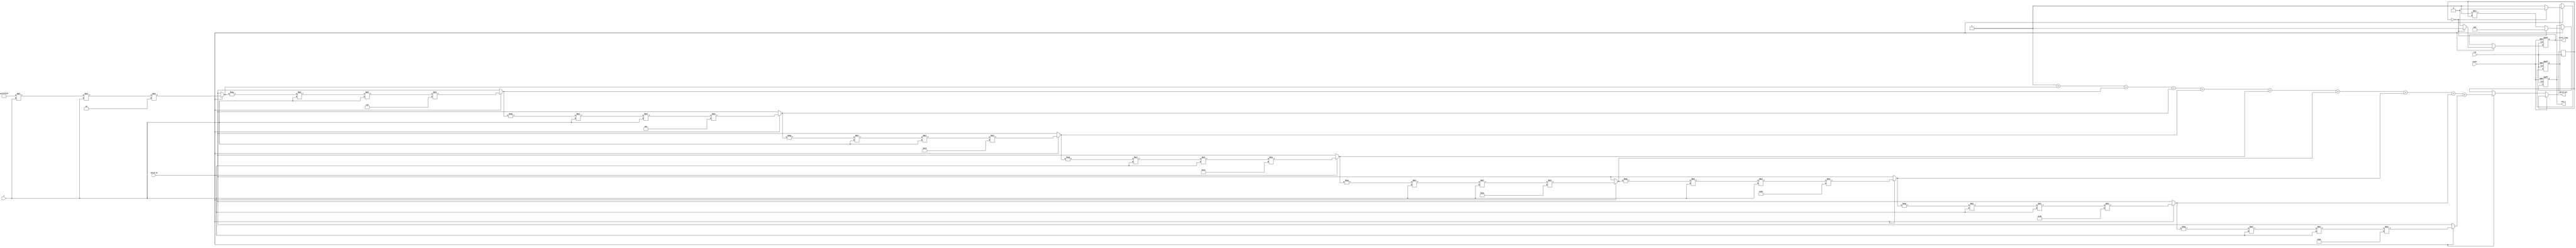
module SecantCalculator (
    input wire clk,                // Clock signal
    input wire reset,              // Reset signal
    input wire valid_in,           // Input valid signal
    input wire [31:0] x,           // Input angle in radians (floating-point)
    output reg [31:0] sec_x,       // Output secant value (floating-point)
    output reg valid_out,          // Output valid signal
    output reg error_flag          // Error flag for division by zero
);
    reg [31:0] cos_x;              // Holds the computed cosine value
    
    // Cosine computation using Taylor Series Expansion
    // Cos(x) = 1 - x^2/2! + x^4/4! - x^6/6! + ... (up to desired precision)
    function [31:0] cos_taylor;
        input [31:0] angle; // Input angle in radians
        integer i;
        reg [31:0] term;
        reg [31:0] sum;
        begin
            sum = 32'b0;
            term = 32'b1; // Start with the first term (1)
            for (i = 0; i < 10; i = i + 1) begin // 10 terms for precision
                if (i > 0) begin
                    term = -term * angle * angle / (i * (i + 1));
                end
                sum = sum + term;
            end
            cos_taylor = sum; // Return computed cosine value
        end
    endfunction
    
    // Reciprocal computation
    function [31:0] reciprocal;
        input [31:0] value;
        begin
            if (value == 32'b0) begin
                reciprocal = 32'b0; // Return zero or predefined signal for undefined output
            end else begin
                reciprocal = 32'b1 / value; // Simple division for reciprocal
            end
        end
    endfunction

    // Main process
    always @(posedge clk or posedge reset) begin
        if (reset) begin
            sec_x <= 32'b0;
            valid_out <= 1'b0;
            error_flag <= 1'b0;
        end else if (valid_in) begin
            cos_x <= cos_taylor(x); // Calculate cosine
            if (cos_x == 32'b0) begin
                sec_x <= 32'b0; // Handle division by zero for secant
                error_flag <= 1'b1;
                valid_out <= 1'b0; // Invalid output due to error
            end else begin
                sec_x <= reciprocal(cos_x); // Calculate secant as reciprocal of cosine
                error_flag <= 1'b0;
                valid_out <= 1'b1; // Valid output
            end
        end
    end

endmodule